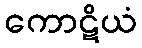
ကောဋိယံ